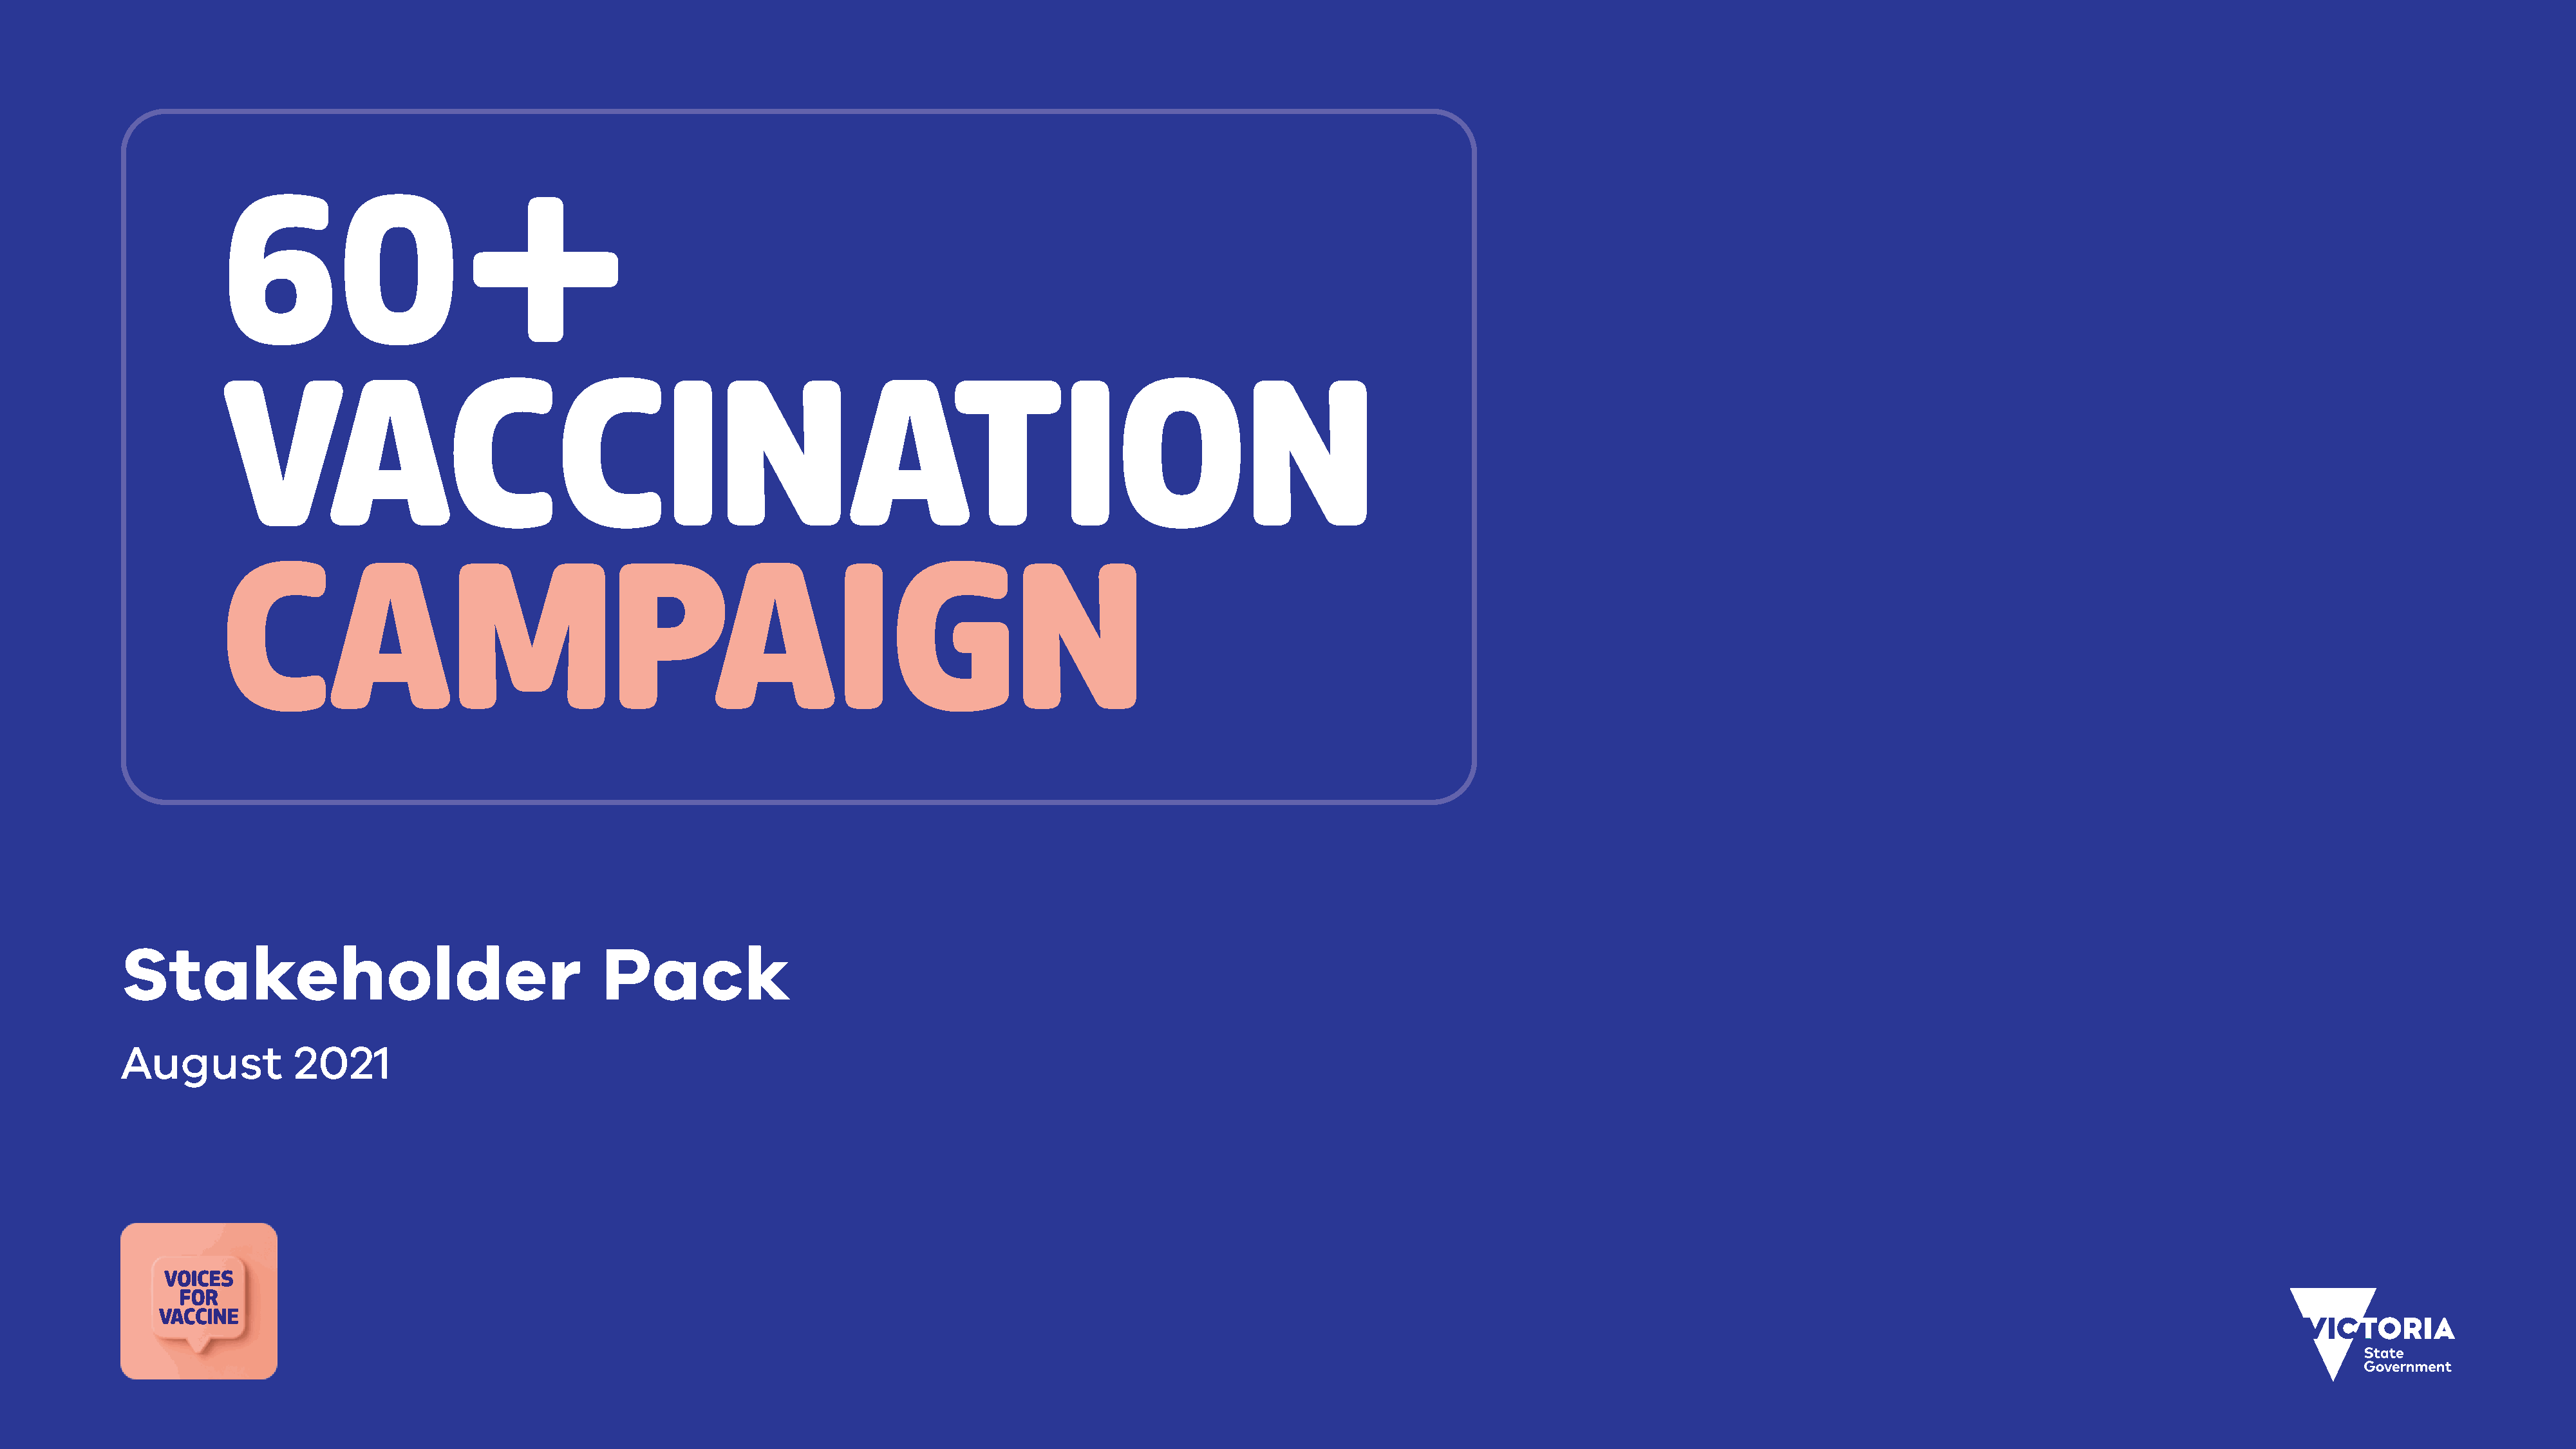
60+
 VACCINATION
 CAMPAIGN
 Stakeholder                                       Pack
 August            2021